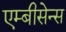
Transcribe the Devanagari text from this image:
एम्बीसेन्स